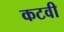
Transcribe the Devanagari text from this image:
कटवी